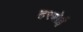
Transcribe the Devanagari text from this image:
हरबोई